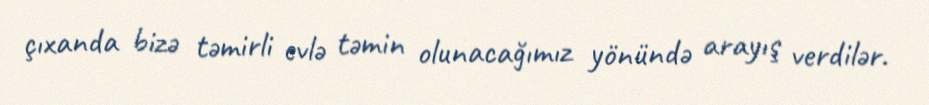
çıxanda bizə təmirli evlə təmin olunacağımız yönündə arayış verdilər.